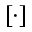
[ \cdot ]